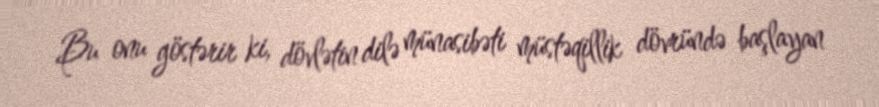
Bu onu göstərir ki, dövlətin dilə münasibəti müstəqillik dövründə başlayan